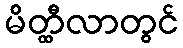
မိတ္ထီလာတွင်